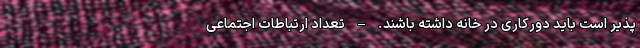
پذیر است باید دورکاری در خانه داشته باشند. – تعداد ارتباطات اجتماعی